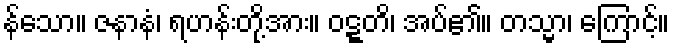
န်သော။ ဇနာနံ၊ ရဟန်းတို့အား။ ဝဋ္ဋတိ၊ အပ်၏။ တသ္မာ၊ ကြောင့်။